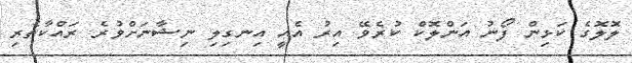
ލޮލޮގެ ކަޅިން ފޯނު އަންލޮކް ކުރެވޭ އިރު އެއީ އިނގިލި ނިޝާނަށްވުރެ ރައްކާތެރި